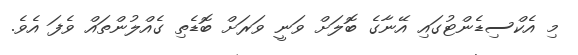
މި އެކްސިޑެންޓުގައި އޭނާގެ ބޮލަށް ވަނީ ވަރަށް ބޮޑެތި ގެއްލުންތައް ވެފަ އެވެ.